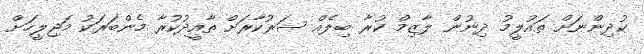
ކުދިންނަށް ތައުލީމު ދިނުން ލާޒިމް ކުރާ ބިލެއް ސަރުކާރަށް ތާއީދުކުރާ މެންބަރަކު މަޖިލީހަށް